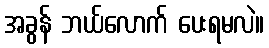
အခွန် ဘယ်လောက် ပေးရမလဲ။